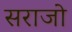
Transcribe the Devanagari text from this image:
सराजो